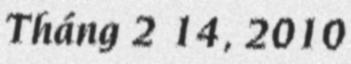
Tháng 2 14, 2010